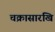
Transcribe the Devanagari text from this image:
चक्रासारखि